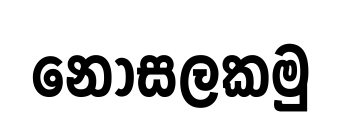
නොසලකමු